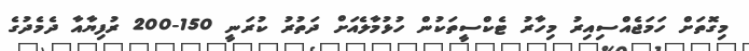
މިގޮތަށް ހަމަޖެއްސިއިރު މިހާރު ޓެކްސީތަކުން ހުޅުމާލެއަށް ދަތުރު ކުރަނީ 150-200 ރުފިޔާއާ ދެމެދުގެ